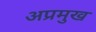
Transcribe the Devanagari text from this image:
अप्रमुख